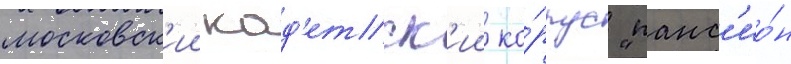
московск'ии кад'етск'ии ко́рпус "панс'ио́н